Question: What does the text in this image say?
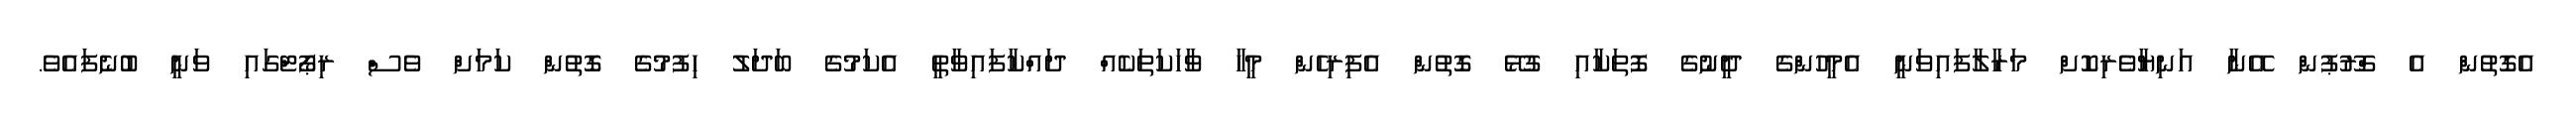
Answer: އެގޮތުން އެ ގްރޫޕުން އޭނާ އަނިޔާވެރިކޮށް މަރާލާފައިވަނީ އެމީހުންގެ ދީނުގެ ފޮތަކާއި ގުޅޭ ގޮތުން އެފިރިހެން މީހާ ވާހަކަތަކެއް ދައްކާފައިވާތީ އެކަމުގެ ބަދަލު ހިފުމުގެ ގޮތުން ކަމަށް ވެސް ރިޕޯޓްގައި ވަނީ ބުނެފައެވެ.